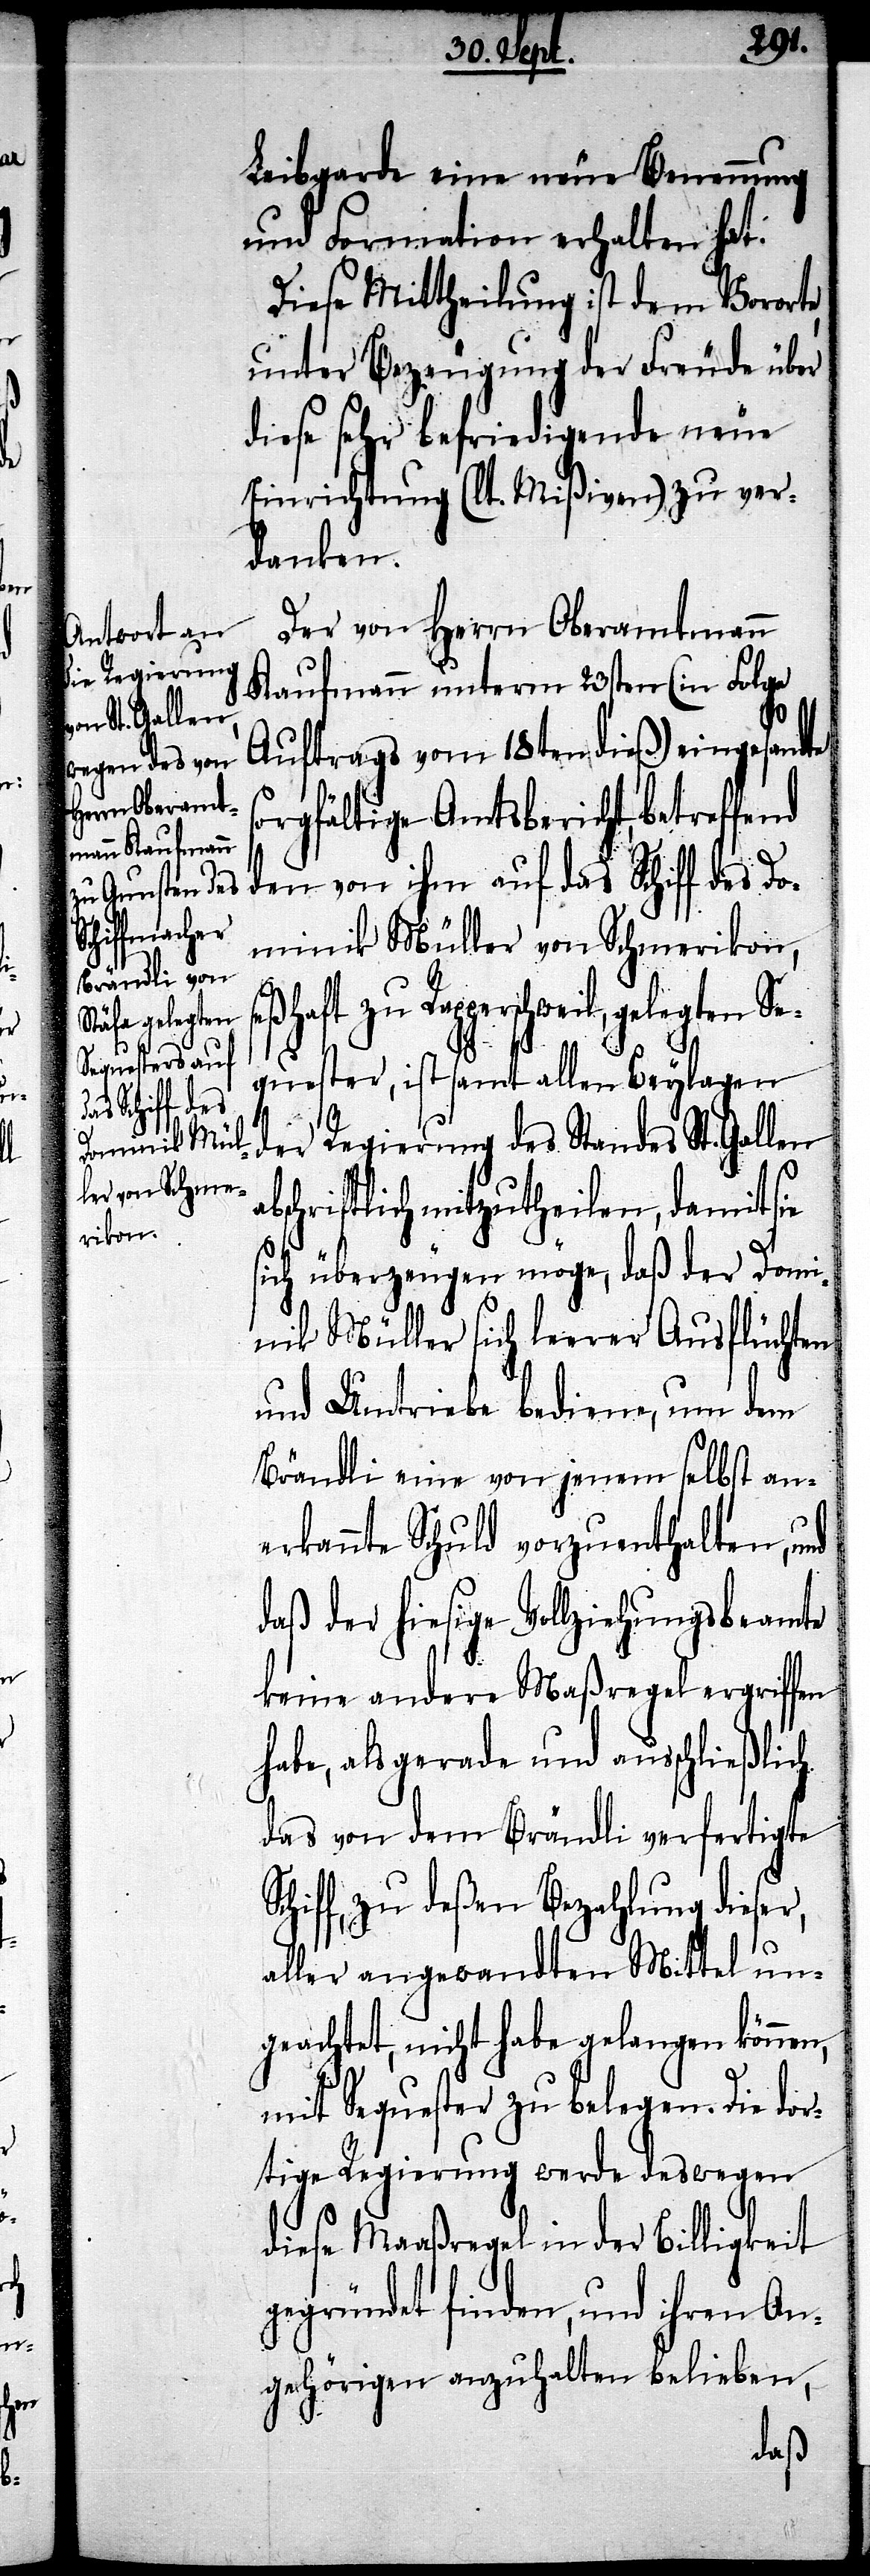
Leibgarde eine neue Benennung
und Formation erhalten hat.
Diese Mittheilung ist dem Vororte,
unter Bezeugung der Freude über
diese sehr befriedigende neue
Einrichtung (lt. Mißiven) zu ver¬
danken.
Der von Herrn Oberamtmann
Kaufmann unterm 23sten (in Folge
Auftrags vom 18ten dieß) eingesandte
orgfältige Amtsbericht, betreffend
den von ihm auf das Schiff des D¬
ominik Müller von Schmerikon,
Sc¬
zu Rapperschweil, gelegten Se¬
quester, ist samt allen Beylagen
der Regierung des Standes St. Gallen
bschriftlich mitzutheilen, damit sie
sich überzeugen möge, daß der Dom¬
inik Müller sich leerer Ausflüchten
und Umtriebe bediene, um dem
Brändli eine von jenem selbst an¬
erkannte Schuld vorzuenthalten, und
daß der hiesige Vollziehungsbeamte
keine andere Maßregel ergriffen
habe, als gerade und ausschließlich
das von dem Brändli verfertigte
hiff, zu deßen Bezahlung dieser,
aller angewandten Mittel un¬
geachtet, nicht habe gelangen können,
mit Sequester zu belegen. Die dor¬
tige Regierung werde deswegen
diese Maaßregel in der Billigkeit
gegründet finden, und ihren An¬
gehörigen anzuhalten belieben,